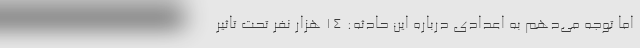
اما توجه می‌دهم به اعدادی درباره این حادثه: ١۴ هزار نفر تحت تاثیر